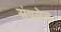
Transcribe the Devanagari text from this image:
संपलेच